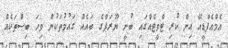
އެމްއެފްޑީއޭ އިން ކުރި ޓްވީޓެއްގައި ބުނީ ޔޫރަޕްގެ ބައެއް ގައުމުތަކުން ވިހަ ބިސްތަކެއް